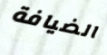
الضيافة